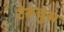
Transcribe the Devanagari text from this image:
टेरूचुस